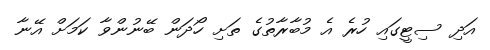
އަދި ސިޓީގައި ހުރެ އެ މުބާރާތުގެ ތަށި ހޯދަން ބޭނުންވާ ކަމަށް އޭނާ